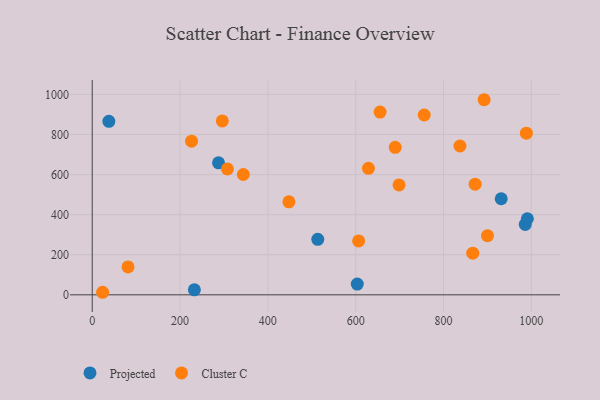
{"axis": {"x": "Study Hours", "y": "Exam Score"}, "legend": ["Cluster C", "Projected"], "data": [{"x": "37.9", "y": 865.7, "type": "Projected"}, {"x": "287.7", "y": 658.8, "type": "Projected"}, {"x": "603.7", "y": 53.7, "type": "Projected"}, {"x": "513.7", "y": 277.0, "type": "Projected"}, {"x": "986.3", "y": 351.1, "type": "Projected"}, {"x": "931.5", "y": 479.4, "type": "Projected"}, {"x": "232.7", "y": 24.7, "type": "Projected"}, {"x": "991.1", "y": 379.5, "type": "Projected"}, {"x": "344.1", "y": 600.4, "type": "Cluster C"}, {"x": "900.2", "y": 295.0, "type": "Cluster C"}, {"x": "226.2", "y": 766.9, "type": "Cluster C"}, {"x": "690.1", "y": 735.9, "type": "Cluster C"}, {"x": "872.1", "y": 552.0, "type": "Cluster C"}, {"x": "698.8", "y": 548.6, "type": "Cluster C"}, {"x": "606.8", "y": 268.7, "type": "Cluster C"}, {"x": "23.7", "y": 12.7, "type": "Cluster C"}, {"x": "655.6", "y": 911.9, "type": "Cluster C"}, {"x": "837.6", "y": 742.6, "type": "Cluster C"}, {"x": "756.1", "y": 897.2, "type": "Cluster C"}, {"x": "81.5", "y": 139.0, "type": "Cluster C"}, {"x": "448.0", "y": 464.0, "type": "Cluster C"}, {"x": "296.3", "y": 867.8, "type": "Cluster C"}, {"x": "307.9", "y": 628.0, "type": "Cluster C"}, {"x": "988.8", "y": 806.8, "type": "Cluster C"}, {"x": "866.7", "y": 207.8, "type": "Cluster C"}, {"x": "629.1", "y": 631.1, "type": "Cluster C"}, {"x": "892.6", "y": 973.5, "type": "Cluster C"}]}